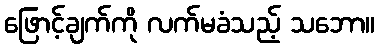
ဖြောင့်ချက်ကို လက်မခံသည့် သဘော။